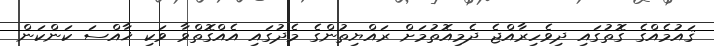
ޤައުމެއްގެ ގޮތުގައި ދިވެހިރާއްޖެ ދެމިއޮތުމަށް ރައްޔިތުންގެ މެދުގައި އެއްގޮތްވާ ވަކި ޚާއްސަ ކަންކަން